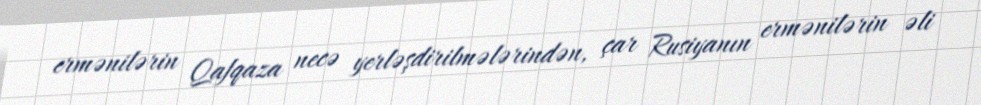
ermənilərin Qafqaza necə yerləşdirilmələrindən, çar Rusiyanın ermənilərin əli